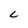
Character: C